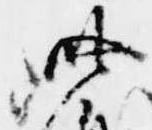
此